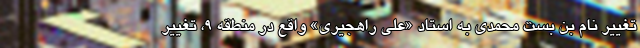
تغییر نام بن بست محمدی به استاد «علی راهجیری» واقع در منطقه ۹، تغییر